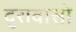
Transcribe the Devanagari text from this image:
दुरावासो